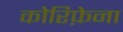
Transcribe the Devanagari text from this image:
कोरिफ़ेना